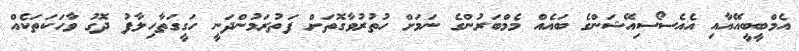
އެމްބީބީއޭއާއި އެއެސޯސިއޭޝަންގެ ބައެއް މެމްބަރުންގެ ނަމަށް ހުތުރުވާގޮތަށް ފަތުރަމުންދަނީ ހަގީގަތާހިލާފު ދޮގު ވާހަކަތަކެއް